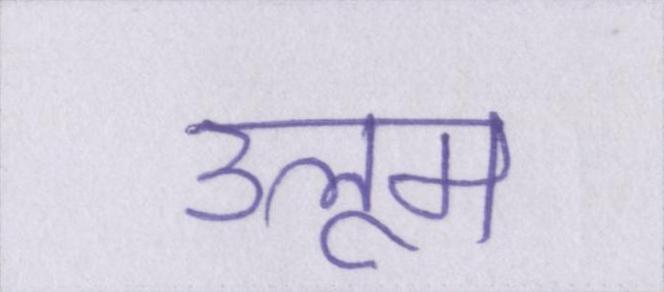
उलूम